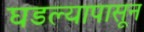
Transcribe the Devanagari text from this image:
घडल्यापासून